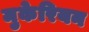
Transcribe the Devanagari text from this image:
मुकेरियन